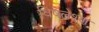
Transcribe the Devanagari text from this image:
विषलेश्ण